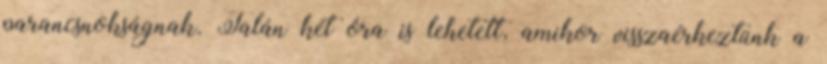
parancsnokságnak. Talán két óra is lehetett, amikor visszaérkeztünk a